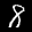
Label: 8